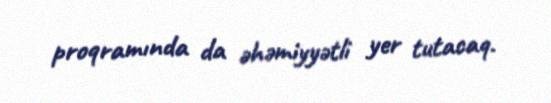
proqramında da əhəmiyyətli yer tutacaq.